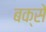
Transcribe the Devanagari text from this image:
बक्‍से